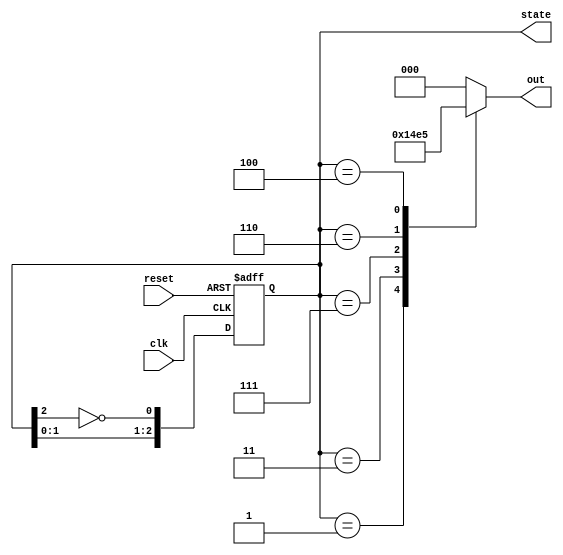
module johnson_counter (
    input wire clk,         // Clock input
    input wire reset,       // Asynchronous reset
    output reg [2:0] state, // 3-bit state output
    output reg [2:0] out    // Output reflecting the state
);

// State transition logic for a 3-bit Johnson counter
always @(posedge clk or posedge reset) begin
    if (reset) begin
        state <= 3'b000; // Initialize state to 000 on reset
    end else begin
        // Johnson Counter logic
        state <= {state[1:0], ~state[2]}; // Shift and feedback the inverted last bit
    end
end

// Output logic for the Moore state machine
always @(state) begin
    case (state)
        3'b000: out = 3'b000; // State 0
        3'b001: out = 3'b001; // State 1
        3'b011: out = 3'b010; // State 2
        3'b111: out = 3'b011; // State 3
        3'b110: out = 3'b100; // State 4
        3'b100: out = 3'b101; // State 5
        default: out = 3'b000; // Default case (should not occur)
    endcase
end

endmodule